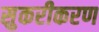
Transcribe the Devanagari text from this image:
सुकरीकरण